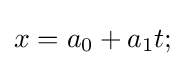
x=a_{0}+a_{1}t;\,\!